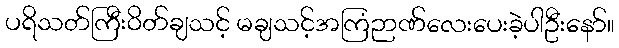
ပရိသတ်ကြီးဝိတ်ချသင့် မချသင့်အကြံဉာဏ်လေးပေးခဲ့ပါဦးနော်။